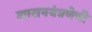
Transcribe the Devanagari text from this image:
शासनयंत्रणेची